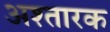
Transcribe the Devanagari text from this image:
अश्तारक